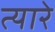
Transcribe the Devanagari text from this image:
त्यारे